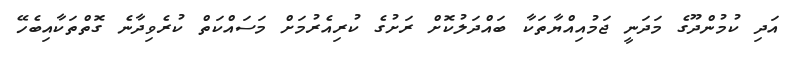
އަދި ކުމުންދޫގެ މަދަނީ ޖަމުއިއްޔާތަކާ ބައްދަލުކޮށް ރަށުގެ ކުރިއެރުމަށް މަސައްކަތް ކުރެވިދާނެ ގޮތްތަކާއިބެހޭ